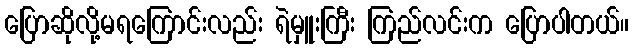
ပြောဆိုလို့မရကြောင်းလည်း ရဲမှူးကြီး ကြည်လင်းက ပြောပါတယ်။